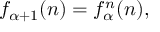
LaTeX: f _ { \alpha + 1 } ( n ) = f _ { \alpha } ^ { n } ( n ) ,